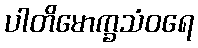
ပါတိမောက္ခသံဝရေ